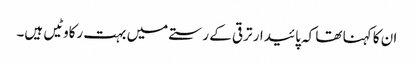
ان کا کہنا تھا کہ پائیدار ترقی کے رستے میں بہت رکاوٹیں ہیں۔